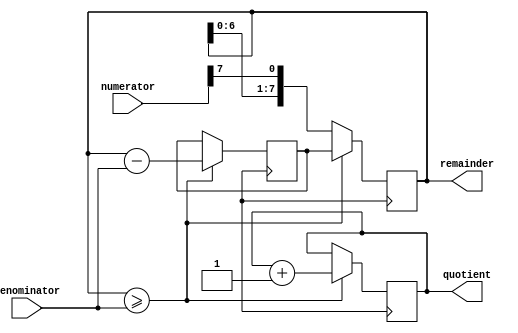
module ShiftSubtractDivider (
    input wire [7:0] numerator,
    input wire [7:0] denominator,
    output reg [7:0] quotient,
    output reg [7:0] remainder
);

reg [7:0] shift_reg;
reg [7:0] temp;

always @ (posedge clk) begin
    shift_reg <= {shift_reg[6:0], numerator[7]};
    if (shift_reg >= denominator) begin
        temp <= shift_reg - denominator;
        shift_reg <= temp;
        quotient <= quotient + 1;
    end
end

assign remainder = shift_reg;

endmodule